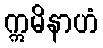
ဣမိနာဟံ